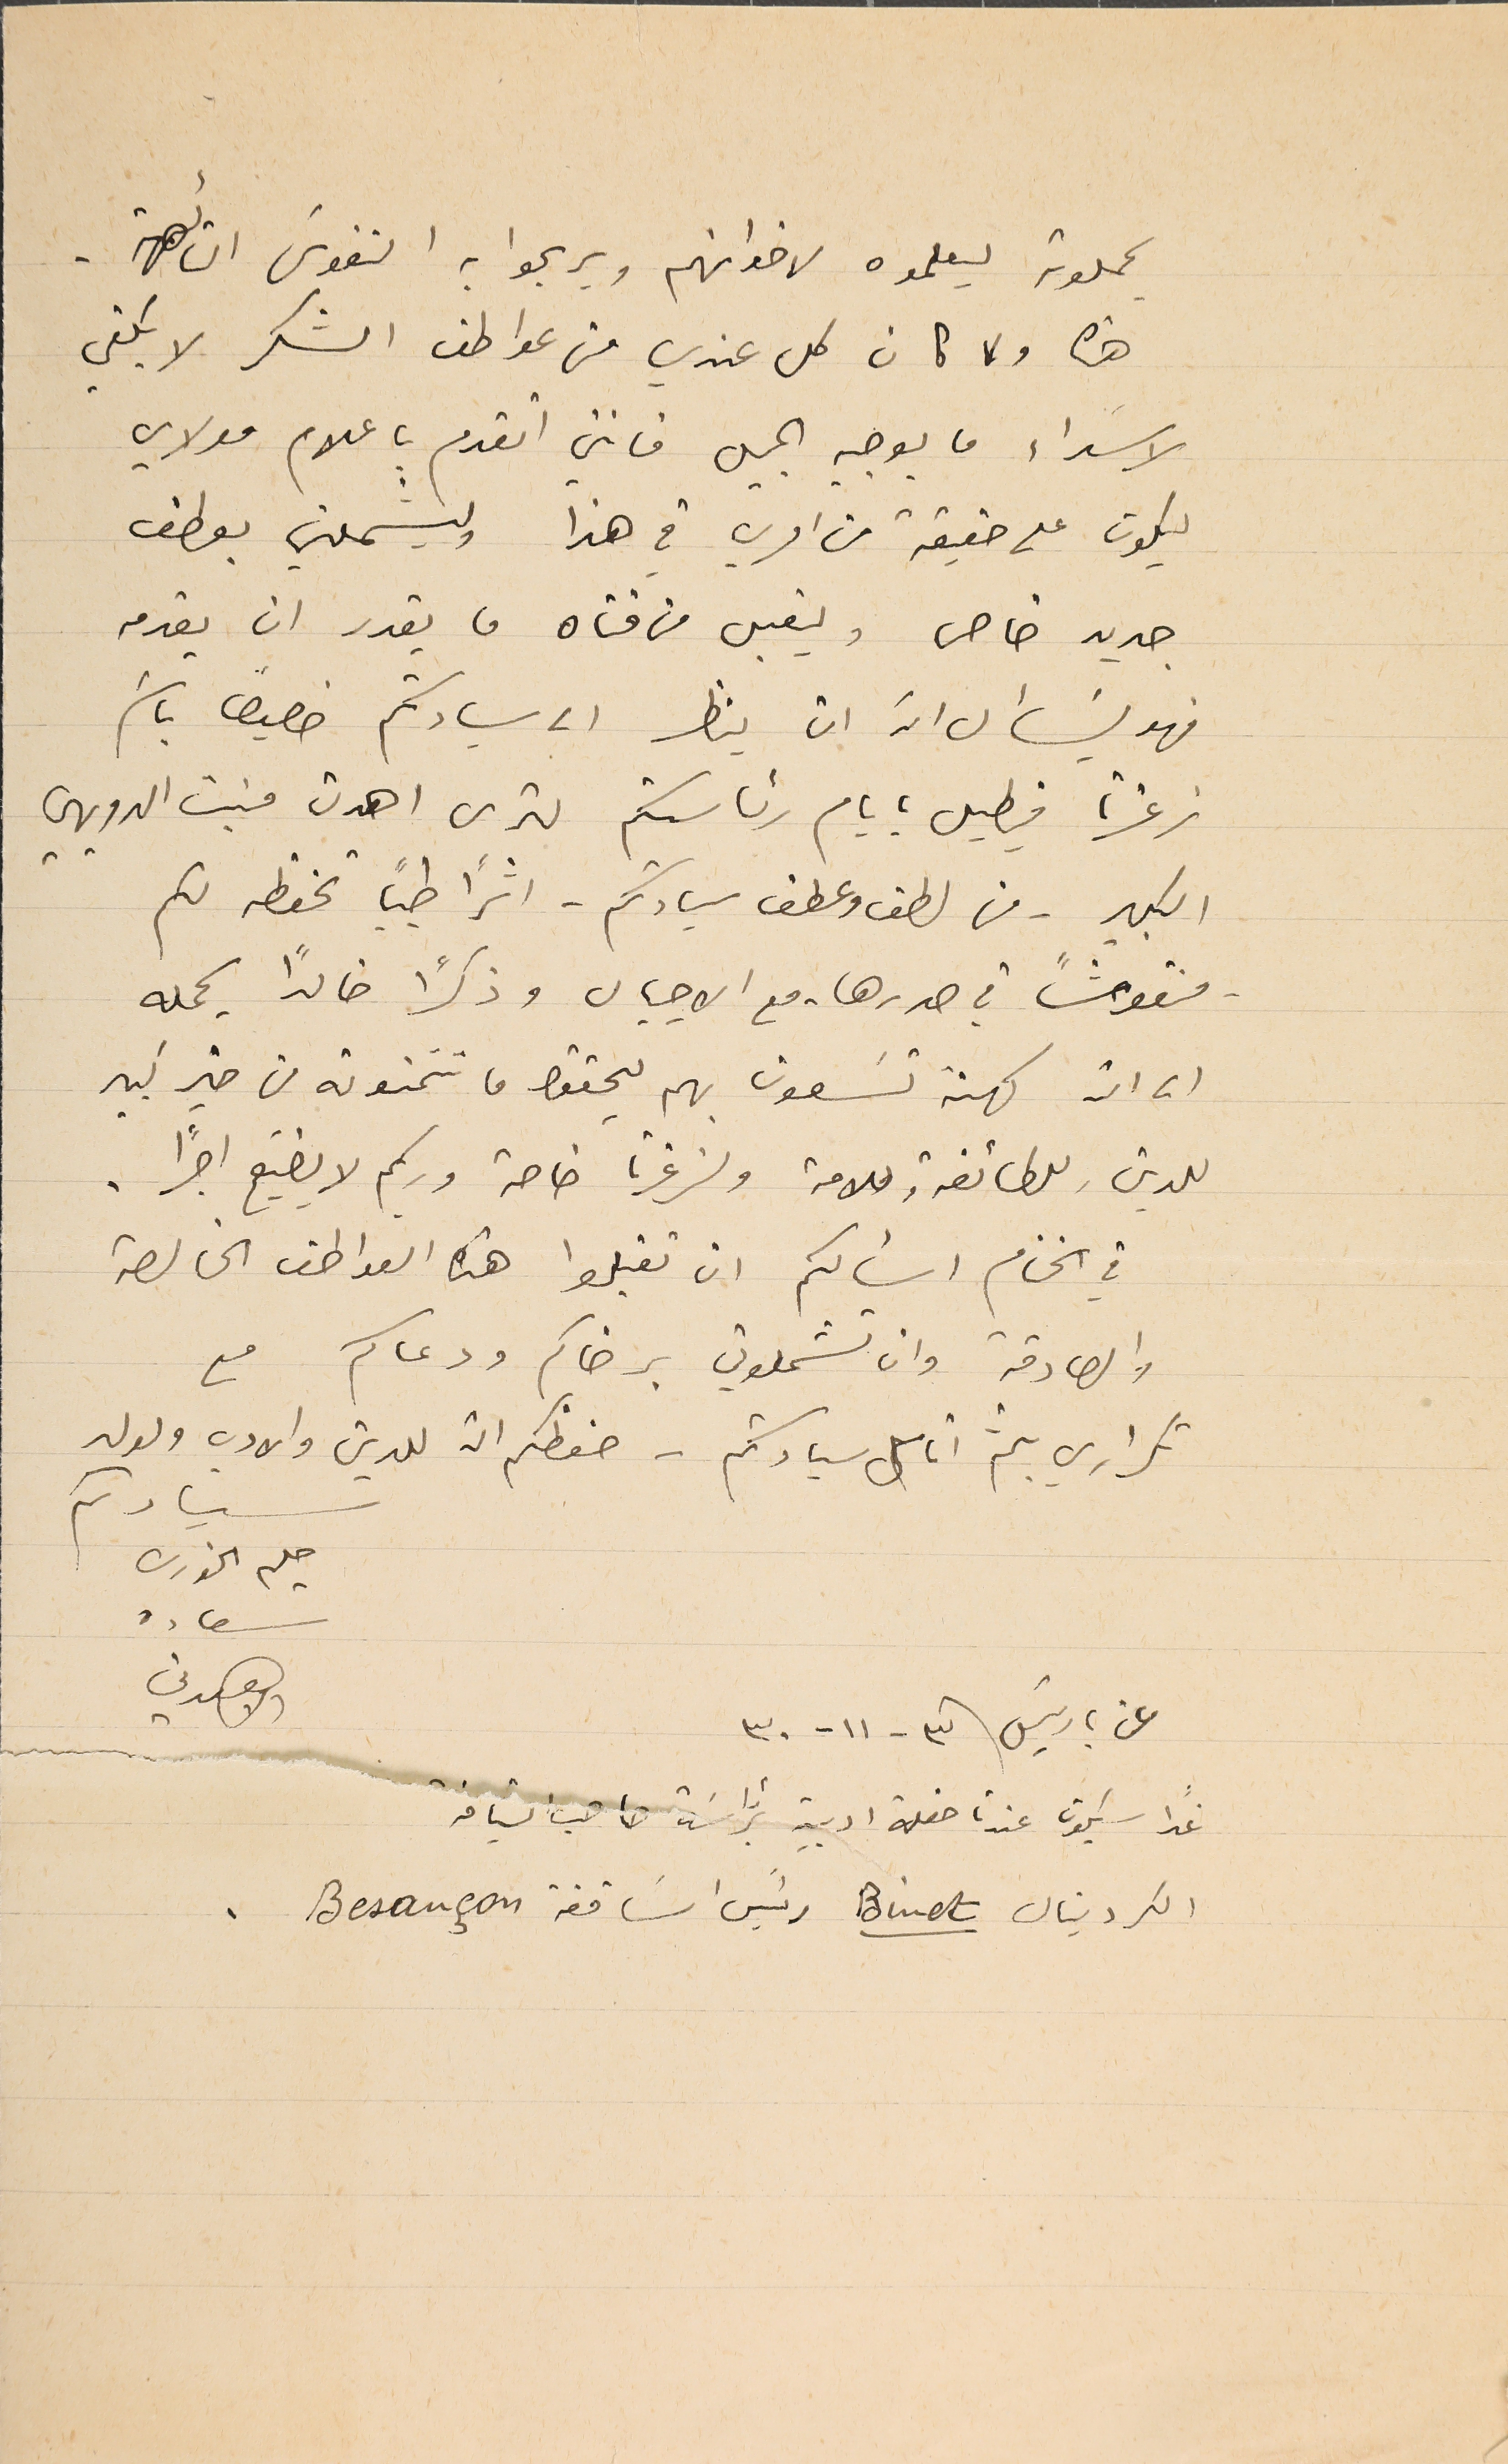
يحملونه ليعلموه لاخوانهم ويريحوا به النفوسَ التائىهة.
 هنا ولما كان كل عندي من عواطف الشكر لا يكفي
 لاسَداء ما يوجبه الجميل فانني اتقدم باعلام مولاي
ليكون على حقيقة من امري في هذا وليشملني بعطف
 جديد خاص وليقبل من فتاه ما يقدر ان يقدمه
فهو يسَأل انه ان ينظر الى سيادتكم خصيصًا باسَم
 زغرتا فيطيل بايام رئاستكم لترى اهدن منبت الدويهي
الكبير - من لطف وعطف سيادتكم - اثرًا طيبًا تحفظه لكم
- منقوشًا في صدرها - مع الاجيال وذكرًا خالدًا يحمله
 الى اكثر كهنة تسَعون بهم ليحققوا ما تتمنونه من خير كبير
 للدين وللطائفة وللامة ولزغرتا خاصة وربكم لا يضيّع اجرًا.
في الختام اسألكم ان تقبلوا هذه العواطف الخالصة
 والصادقة وان تشملوني برضاكم ودعاكم مع
تكراري بلثم انامل سيادتكم - حفظكم الله للدين والادب ولولد
سيادىكم
حليم الخورى
عن باريسَ فى ٣ - ١١ - ٣٠
غدا سيكون عندنا حفلة ادبية برئاسَة صاحب النيافة
 الكردينال Binet رئيسَ اسَاقفة Besançon.
سعاده
الاهدني